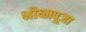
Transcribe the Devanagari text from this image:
भीष्मपूजा